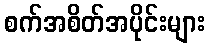
စက်အစိတ်အပိုင်းများ